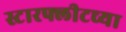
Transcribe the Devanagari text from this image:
स्टारफ्लीटच्या